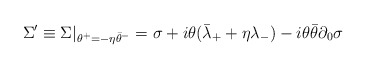
\begin{align*}\Sigma' \equiv \Sigma|_{\theta^+ = -\eta \bar{\theta}^-}= \sigma +i \theta (\bar{\lambda}_+ + \eta \lambda_-)-i\theta \bar{\theta} \partial_0 \sigma\end{align*}